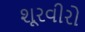
શૂરવીરો